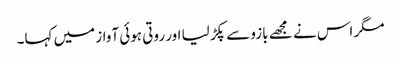
مگر اس نے مجھے بازو سے پکڑ لیا اور روتی ہوئی آواز میں کہا۔